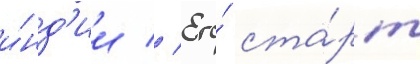
и́нд'ии // Его́ ста́рт